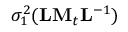
\sigma _ { 1 } ^ { 2 } ( { \bf L M } _ { t } { \bf L } ^ { - 1 } )